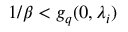
1 / \beta < g _ { q } ( 0 , \lambda _ { i } )